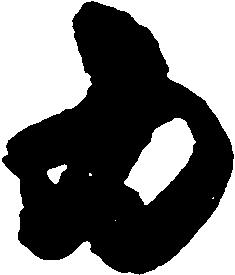
為